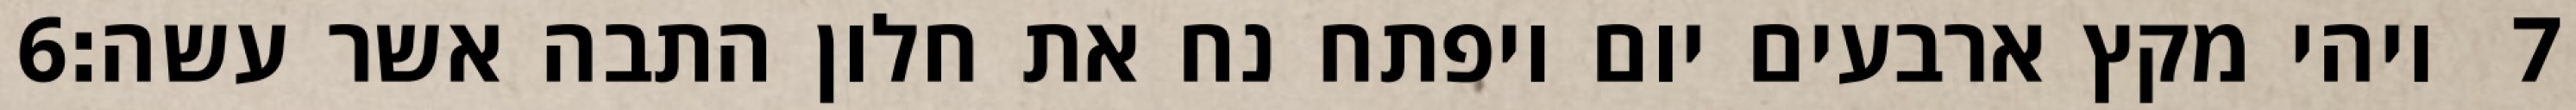
‎6‏ ויהי מקץ ארבעים יום ויפתח נח את חלון התבה אשר עשה׃ ‎7‏